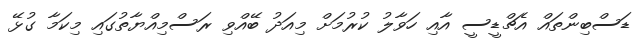
ޑަސްބިންތައް އެޗްޑީސީ އާއި ހަވާލު ކުރުމަށް މިއަދު ބޭއްވި ރަސްމިއްޔާތުގައި މިކަމާ ގުޅޭ